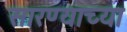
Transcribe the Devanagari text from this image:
सारण्याच्या